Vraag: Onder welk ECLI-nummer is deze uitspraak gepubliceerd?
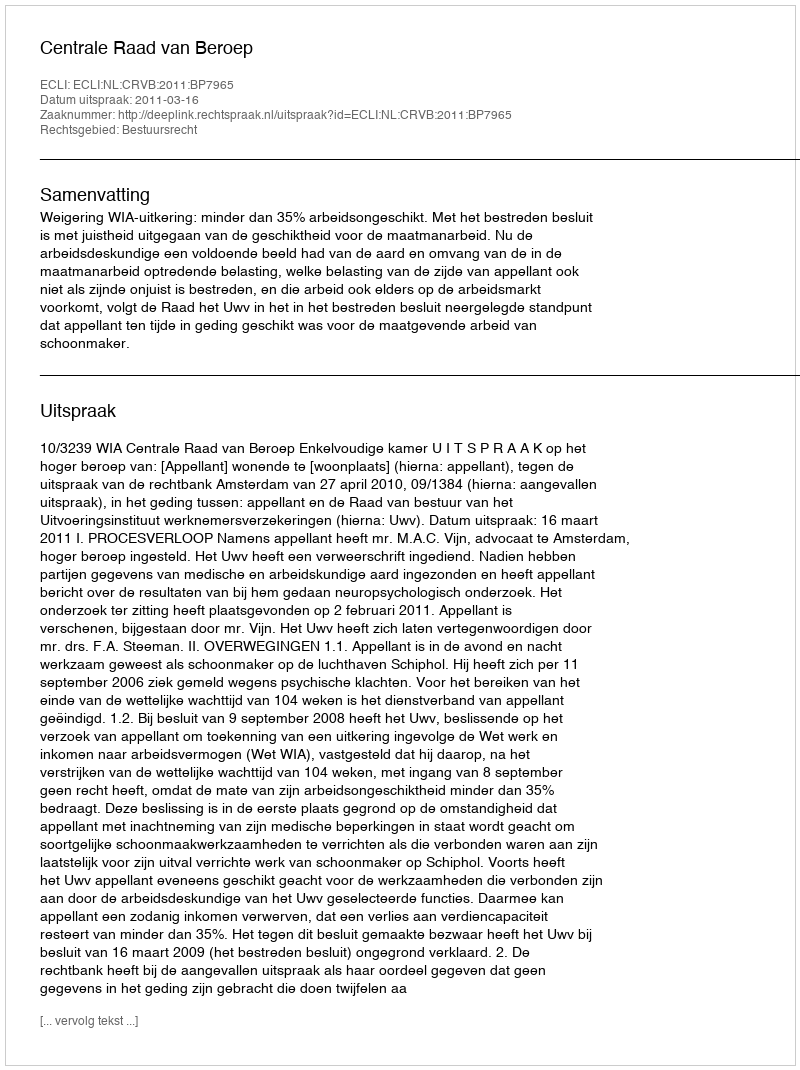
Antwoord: ECLI:NL:CRVB:2011:BP7965